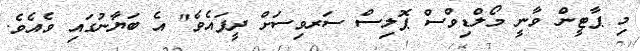
މި ޕާޓީން ވާނީ މޯލްޑިވްސް ޕޮލިސް ސަރވިސަށް ދީފައެވެ" އެ ބަޔާނުގައި ވެއެވެ.